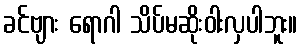
ခင်ဗျား ရောဂါ သိပ်မဆိုးဝါးလှပါဘူး။